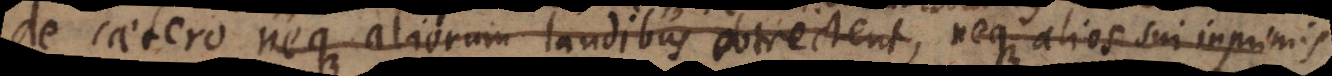
de caetero neque aliorum laudibus obtrectent, neque alios sui inprimis